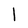
Character: l